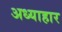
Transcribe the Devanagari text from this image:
अध्याहार